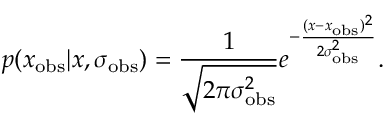
p ( x _ { \mathrm { o b s } } | x , \sigma _ { \mathrm { o b s } } ) = \frac { 1 } { \sqrt { 2 \pi \sigma _ { \mathrm { o b s } } ^ { 2 } } } e ^ { - \frac { ( x - x _ { \mathrm { o b s } } ) ^ { 2 } } { 2 \sigma _ { \mathrm { o b s } } ^ { 2 } } } .